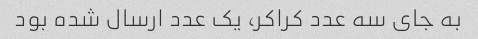
به جای سه عدد کراکر، یک عدد ارسال شده بود